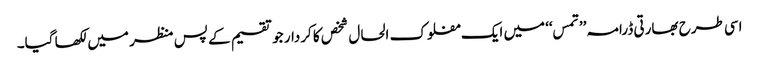
اسی طرح بھارتی ڈرامہ’’ تمس‘‘ میں ایک مفلوک الحال شخص کا کردار جو تقسیم کے پس منظر میں لکھا گیا۔